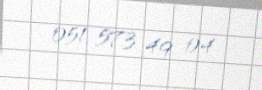
051 573 49 04